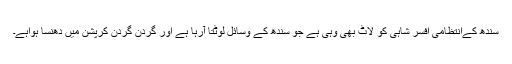
سندھ کےانتظامی افسر شاہی کو لاٹ بھی وہی ہے جو سندھ کے وسائل لوٹتا آرہا ہے اور گردن گردن کرپشن میں دھنسا ہواہے۔